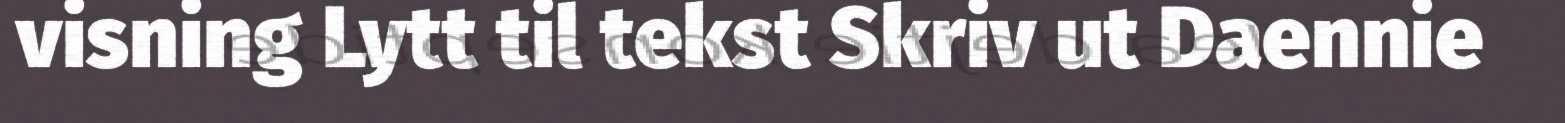
visning Lytt til tekst Skriv ut Daennie